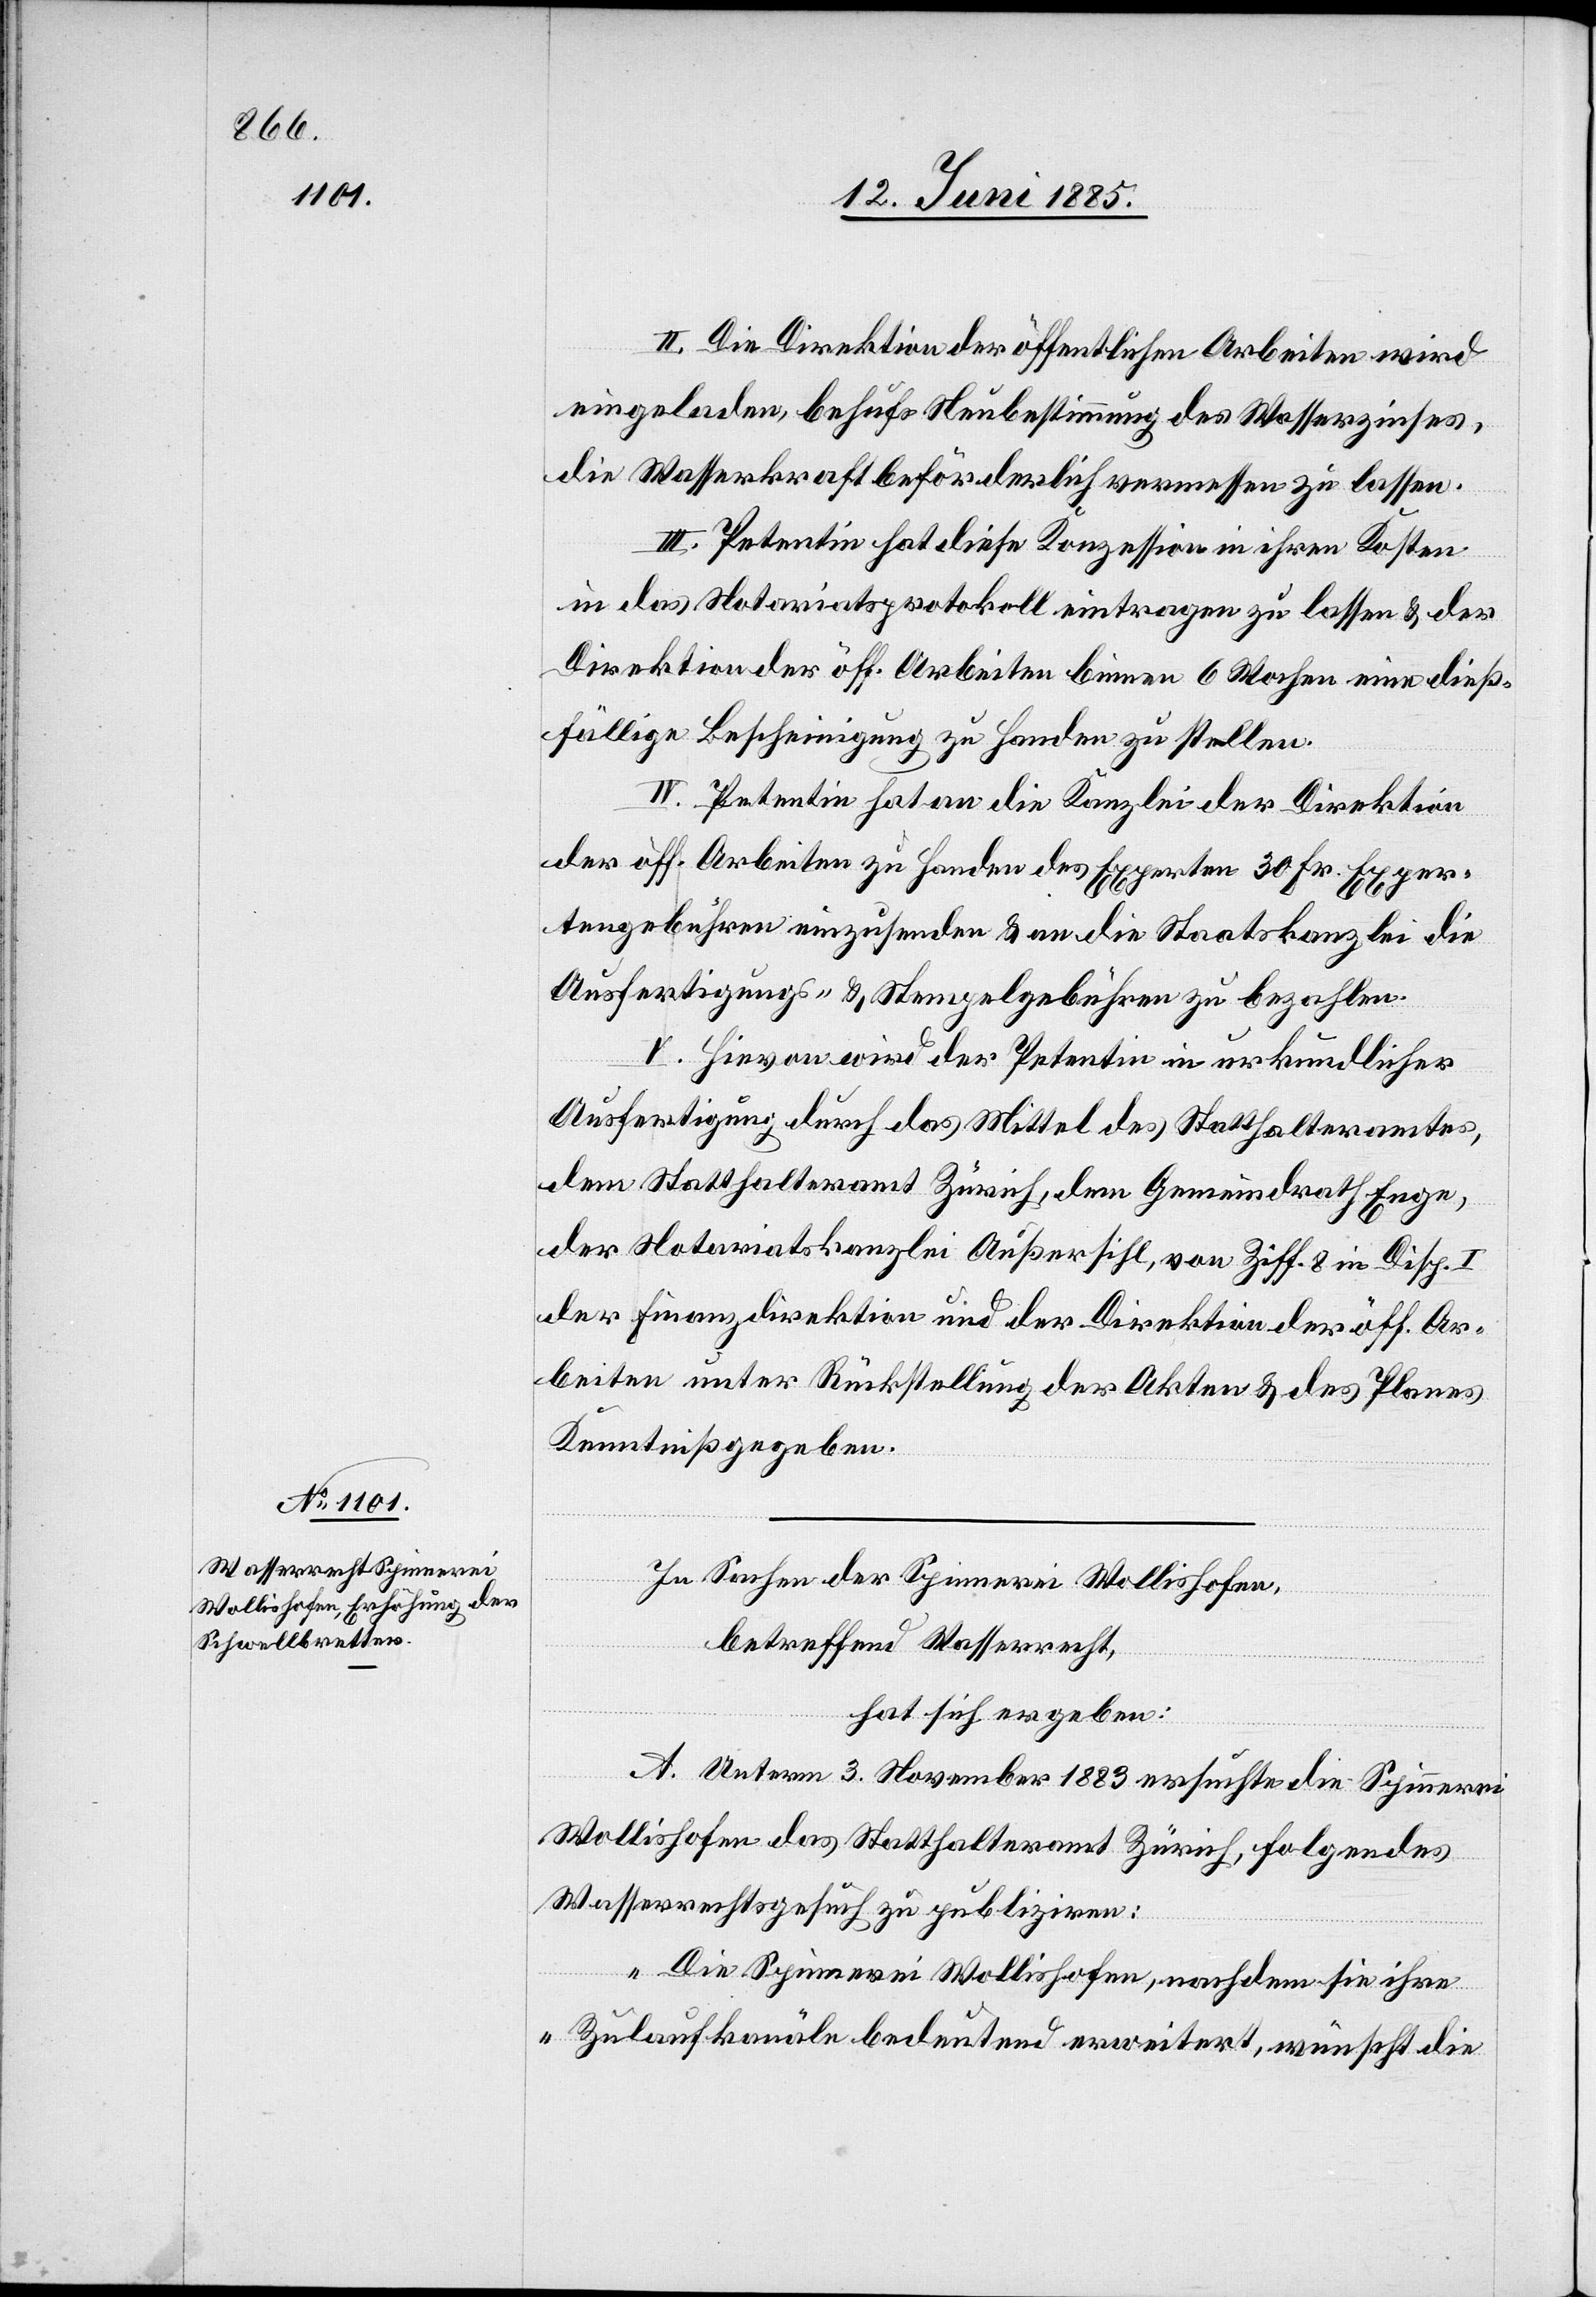
II. Die Direktion der öffentlichen Arbeiten wird
eingeladen, behufs Neubestimmung des Wasserzinses,
die Wasserkraft beförderlich vermessen zu lassen.
III. Petentin hat diese Konzession in ihren Kosten
in das Notariatsprotokoll eintragen zu lassen & der
Direktion der öff. Arbeiten binnen 6 Wochen eine dieß¬
fällige Bescheinigung zu Handen zu stellen.
IV. Petentin hat an die Kanzlei der Direktion
der öff. Arbeiten zu Handen des Experten 30 Fr. Exper¬
tengebühren einzusenden & an die Staatskanzlei die
Ausfertigungs- & Stempelgebühren zu bezahlen.
V. Hievon wird der Petentin in urkundlicher
Ausfertigung durch das Mittel des Statthalteramtes,
dem Statthalteramt Zürich, dem Gemeindrath Enge,
der Notariatskanzlei Außersihl, von Ziff. 8 in Disp. I
der Finanzdirektion und der Direktion der öff. Ar¬
beiten unter Rückstellung der Akten & des Planes
Kenntniß gegeben.
In Sachen der Spinnerei Wollishofen,
betreffend Wasserrecht,
hat sich ergeben:
A. Unterm 3. November 1883 ersuchte die Spinnerei
Wollishofen das Statthalteramt Zürich, folgendes
Wasserrechtsgesuch zu publiziren:
„Die Spinnerei Wollishofen, nachdem sie ihre
Zulaufkanäle bedeutend erweitert, wünscht die